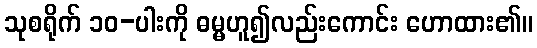
သုစရိုက် ၁၀-ပါးကို ဓမ္မဟူ၍လည်းကောင်း ဟောထား၏။